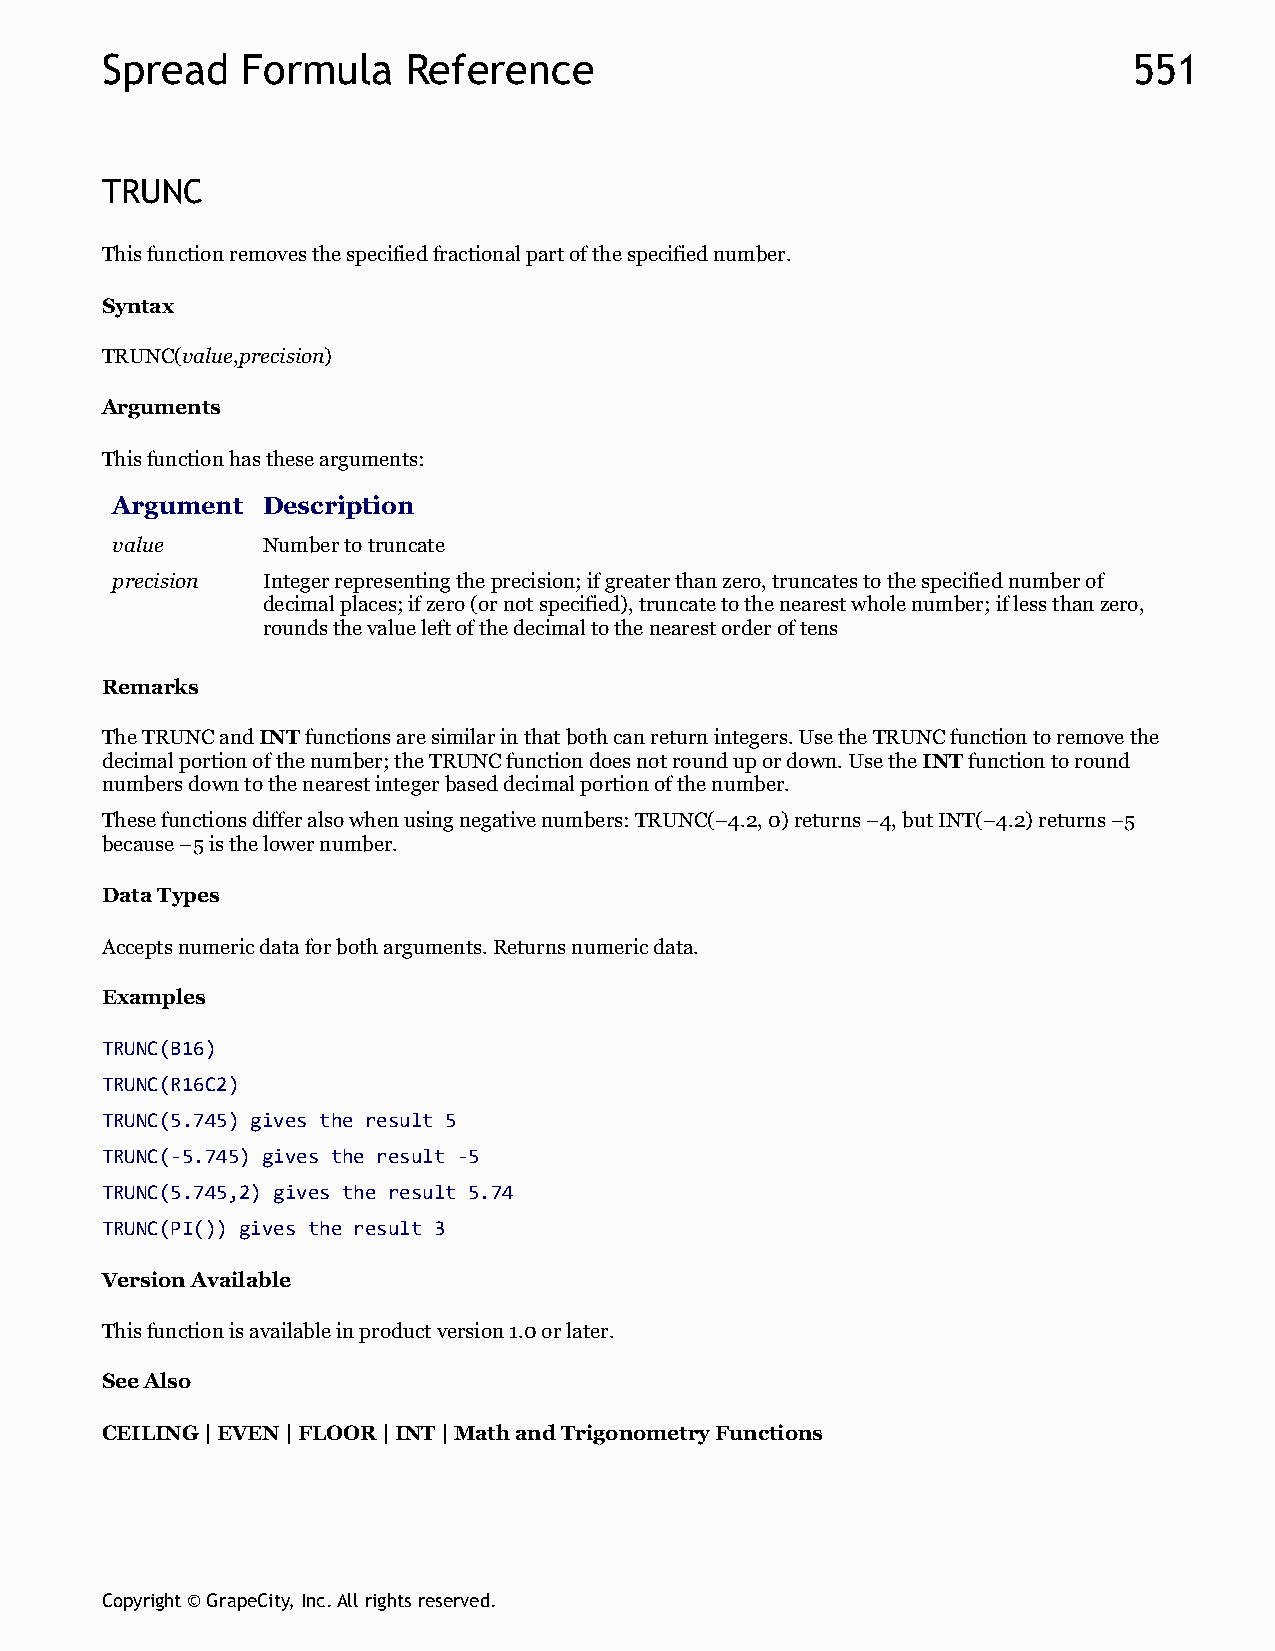
Spread   Formula    Reference                                       551
 TRUNC
 This function removes the specified fractional part of the specified number.
 Syntax
 TRUNC(value,precision)
 Arguments
 This function has these arguments:
 Argument  Description
 value     Number to truncate
 precision Integer representing the precision; if greater than zero, truncates to the specified number of
 decimal places; if zero (or not specified), truncate to the nearest whole number; if less than zero,
 rounds the value left of the decimal to the nearest order of tens
 Remarks
 The TRUNC and INT functions are similar in that both can return integers. Use the TRUNC function to remove the
 decimal portion of the number; the TRUNC function does not round up or down. Use the INT function to round
 numbers down to the nearest integer based decimal portion of the number.
 These functions differ also when using negative numbers: TRUNC(–4.2, 0) returns –4, but INT(–4.2) returns –5
 because –5 is the lower number.
 Data Types
 Accepts numeric data for both arguments. Returns numeric data.
 Examples
 TRUNC(B16)
 TRUNC(R16C2)
 TRUNC(5.745) gives the result 5
 TRUNC(-5.745) gives the result -5
 TRUNC(5.745,2) gives the result 5.74
 TRUNC(PI()) gives the result 3
 Version Available
 This function is available in product version 1.0 or later.
 See Also
 CEILING | EVEN | FLOOR | INT | Math and Trigonometry Functions
 Copyright © GrapeCity, Inc. All rights reserved.